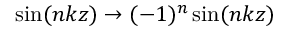
\sin ( n k z ) \to ( - 1 ) ^ { n } \sin ( n k z )